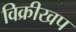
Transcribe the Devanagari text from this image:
विक्रीखप